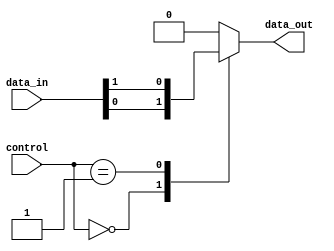
module multiplexer_128_1 (
    input [127:0] data_in,
    input [6:0] control,
    output reg data_out
);

always @(*) begin
    case (control)
        7'b0000000: data_out = data_in[0];
        7'b0000001: data_out = data_in[1];
        // Add cases for all 128 input signals
        default: data_out = 0; // Default output if control signals do not match any case
    endcase
end

endmodule